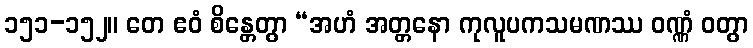
၁၅၁-၁၅၂။ တေ ဧဝံ စိန္တေတွာ “အဟံ အတ္တနော ကုလူပကသမဏဿ ဝဏ္ဏံ ဝတွာ